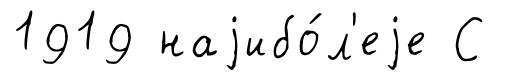
1919 наjибо́л'еjе С